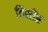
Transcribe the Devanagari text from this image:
विक्षीप्त